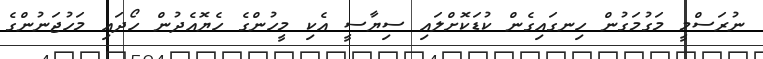
ނުރަސްމީ މަގުމަގުން ހިނގައިގެން ކުޑަކޮށްލައި ސިޔާސީ އެކި މީހުންގެ ހެޔޮއެދުން ހޯދައި މަހުޖަނުންގެ